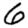
Digit: 6